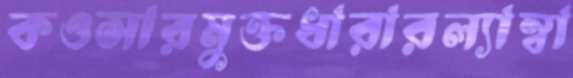
কওসারমুক্তধারারল্যাম্বা